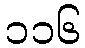
၁၁၆